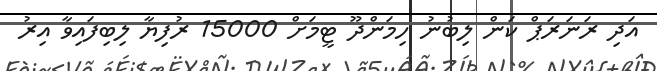
އަދި ރަނަރަޕް ކަން ލިބުނު ހިމަންދޫ ޓީމަށް 15000 ރުފިޔާ ލިބިފައިވާ އިރު